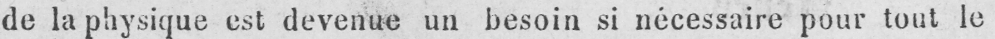
de la physique est devenue un besoin si nécessaire pour tout le